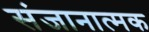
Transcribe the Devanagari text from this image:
संजानात्मक